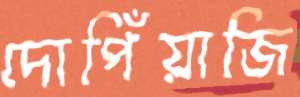
দোপিঁয়াজি